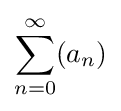
\sum _{n=0}^{\infty }(a_{n})